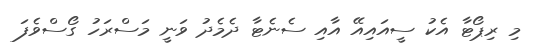
މި ރިޕޯޓާ އެކު ސީއައިއޭ އާއި ސެނެޓާ ދެމެދު ވަނީ މަސްރަހު ގޯސްވެފަ